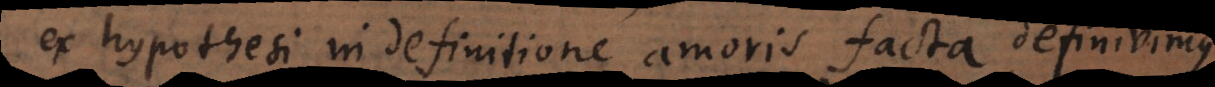
ex hypothesi in definitione amoris facta, definivimus